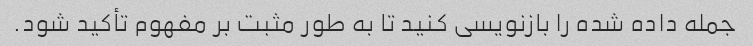
جمله داده شده را بازنویسی کنید تا به طور مثبت بر مفهوم تأکید شود.